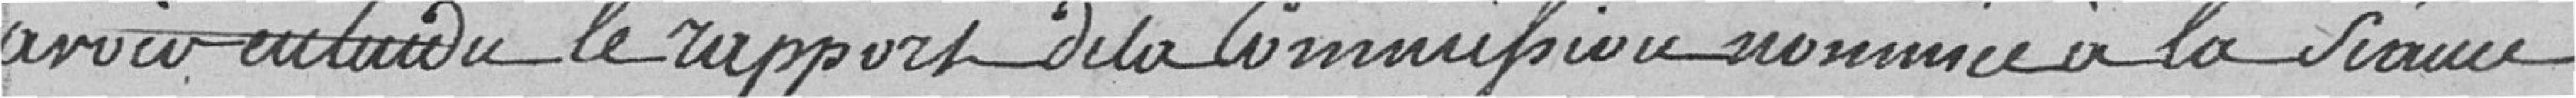
avoir entendu le rapport de la Commision nommée à la Séance